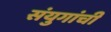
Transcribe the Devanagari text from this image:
संयुगांची